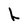
Character: h